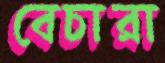
বেচারা